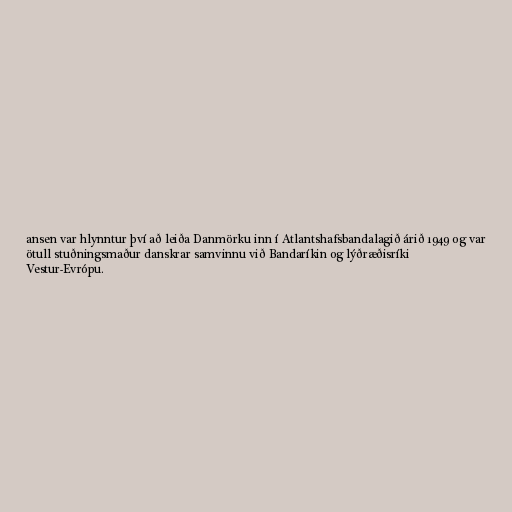
ansen var hlynntur því að leiða Danmörku inn í Atlantshafsbandalagið árið 1949 og var
ötull stuðningsmaður danskrar samvinnu við Bandaríkin og lýðræðisríki
Vestur-Evrópu.